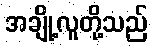
အချို့လူတို့သည်